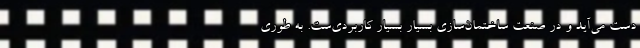
دست می‌آید و در صنعت ساختمان‌سازی بسیار بسیار کاربردی‌ست. به طوری